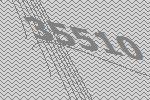
35510